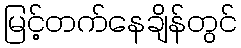
မြင့်တက်နေချိန်တွင်